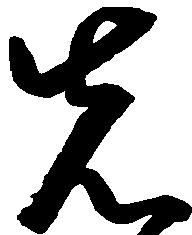
先